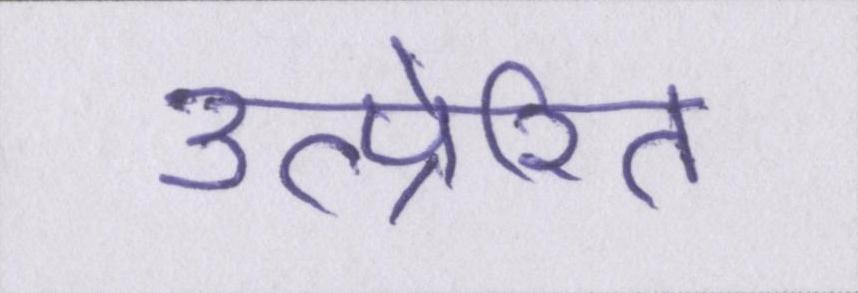
उत्प्रेरित